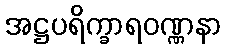
အဋ္ဌပရိက္ခာရဝဏ္ဏနာ